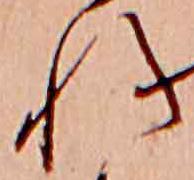
れ